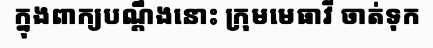
ក្នុងពាក្យបណ្តឹងនោះ ក្រុមមេធាវី ចាត់ទុក